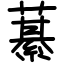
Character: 藄